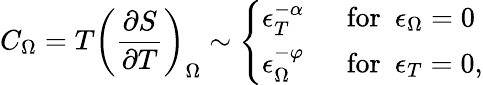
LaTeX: C_{\Omega}=T\left(\frac{\partial S}{\partial T}\right)_{\Omega}\sim\left\{ \begin{array}{ll}{{\epsilon_{T}^{-\alpha}}}&{{\ \ \mathrm{for}\ \ \epsilon_{\Omega}=0}}\\ {{\epsilon_{\Omega}^{-\varphi}}}&{{\ \ \mathrm{for}\ \ \epsilon_{T}=0,}}\end{array}\right.